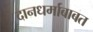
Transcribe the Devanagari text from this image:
दानधर्माबाबत